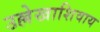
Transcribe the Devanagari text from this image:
उल्लेखाशिवाय